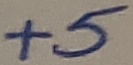
Text: +5